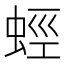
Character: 蛵